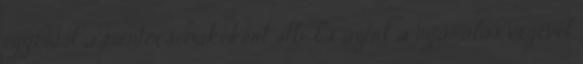
egymást a mentőcsónakokért stb. És azért a nyaralás végével